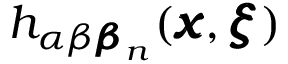
h _ { \alpha \beta { \pmb \beta } _ { n } } ( { \pmb x } , { \pmb \xi } )